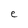
Character: e